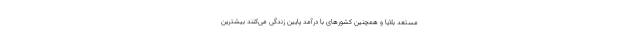
مستعد بلایا و همچنین کشورهای با درآمد پایین زندگی می‌کنند بیشترین